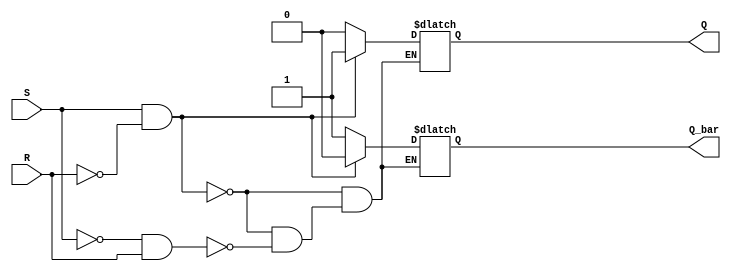
module sr_latch(
    input S,
    input R,
    output reg Q,
    output reg Q_bar
);

// SR Latch
always @ (S, R)
begin
    if(S & !R) begin
        Q = 1;
        Q_bar = 0;
    end else if(!S & R) begin
        Q = 0;
        Q_bar = 1;
    end else begin
        Q = Q;
        Q_bar = Q_bar;
    end
end

endmodule